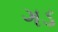
ગડ